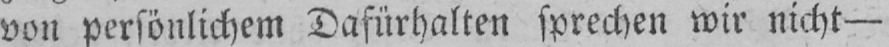
von persönlichem Dafürhalten sprechen wir nicht -